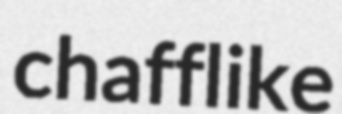
chafflike